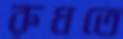
রুধতে